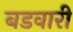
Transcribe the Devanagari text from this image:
बडवारी